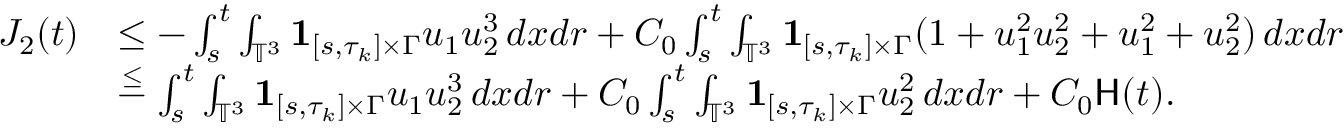
\begin{array} { r l } { J _ { 2 } ( t ) } & { \leq - \int _ { s } ^ { t } \int _ { \mathbb { T } ^ { 3 } } { { \bf 1 } } _ { [ s , \tau _ { k } ] \times \Gamma } u _ { 1 } u _ { 2 } ^ { 3 } \, d x d r + C _ { 0 } \int _ { s } ^ { t } \int _ { \mathbb { T } ^ { 3 } } { { \bf 1 } } _ { [ s , \tau _ { k } ] \times \Gamma } ( 1 + u _ { 1 } ^ { 2 } u _ { 2 } ^ { 2 } + u _ { 1 } ^ { 2 } + u _ { 2 } ^ { 2 } ) \, d x d r } \\ & { \stackrel { \leq } - \int _ { s } ^ { t } \int _ { \mathbb { T } ^ { 3 } } { { \bf 1 } } _ { [ s , \tau _ { k } ] \times \Gamma } u _ { 1 } u _ { 2 } ^ { 3 } \, d x d r + C _ { 0 } \int _ { s } ^ { t } \int _ { \mathbb { T } ^ { 3 } } { { \bf 1 } } _ { [ s , \tau _ { k } ] \times \Gamma } u _ { 2 } ^ { 2 } \, d x d r + C _ { 0 } \mathsf { H } ( t ) . } \end{array}